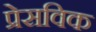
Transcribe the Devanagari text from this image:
प्रेसविक